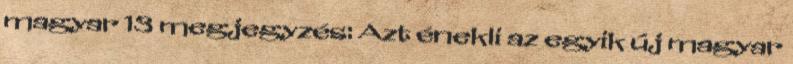
magyar 13 megjegyzés: Azt énekli az egyik új magyar